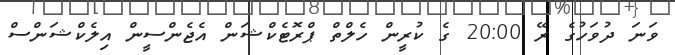
ވަނަ ދުވަހުގެ ރޭ 20:00 ގެ ކުރީން ހެލްތް ޕްރޮޓެކްޝަން އެޖެންސީން އިލެކްޝަންސް